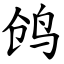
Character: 鸧